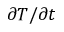
\partial T / \partial t